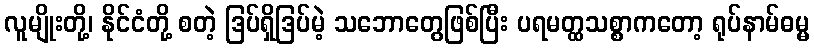
လူမျိုးတို့၊ နိုင်ငံတို့ စတဲ့ ဒြပ်ရှိဒြပ်မဲ့ သဘောတွေဖြစ်ပြီး ပရမတ္ထသစ္စာကတော့ ရုပ်နာမ်ဓမ္မ